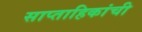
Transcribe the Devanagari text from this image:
साप्ताहिकांची